Vaccine operations Central Provinces 1868-1885 - 1868-1885
Year: 1868
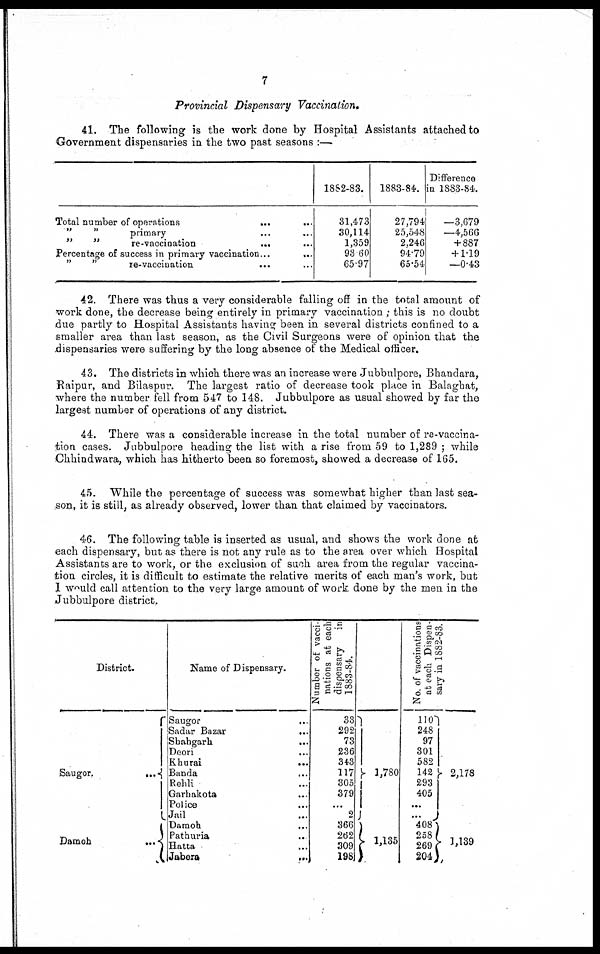
7
Provincial Dispensary Vaccination.
41. The following is the work done by Hospital Assistants attached to
Government dispensaries in the two past seasons :—
Total number of operations
...
...
„
„
primary ... ...
„
„
re-vaccination
...
...
Percentage of success in primary vaccination
...
...
„
„
re-vaccination
...
...
1882-83.
31,473
30,114
1,359
93.60
65.97
1883-84.
27,794
25,548
2,246
94.79
65.54
Difference
in 1883-84.
—3,679
—4,566
+ 887
+ 1.19
—0.43
42. There was thus a very considerable falling off in the total amount of
work done, the decrease being entirely in primary vaccination ; this is no doubt
due partly to Hospital Assistants having been in several districts confined to a
smaller area than last season, as the Civil Surgeons were of opinion that the
dispensaries were suffering by the long absence of the Medical officer.
43. The districts in which there was an increase were Jubbulpore, Bhandara,
Raipur, and Bilaspur. The largest ratio of decrease took place in Balaghat,
where the number fell from 547 to 148. Jubbulpore as usual showed by far the
largest number of operations of any district.
44. There was a considerable increase in the total number of re-vaccina-
tion cases. Jubbulpore heading the list with a rise from 59 to 1,289 ; while
Chhindwara, which has hitherto been so foremost, showed a decrease of 165.
45. While the percentage of success was somewhat higher than last sea-
son, it is still, as already observed, lower than that claimed by vaccinators.
46. The following table is inserted as usual, and shows the work done at
each dispensary, but as there is not any rule as to the area over which Hospital
Assistants are to work, or the exclusion of such area from the regular vaccina-
tion circles, it is difficult to estimate the relative merits of each man's work, but
I would call attention to the very large amount of work done by the men in the
Jubbulpore district.
District.
Saugor.
...
Damoh
...
Name of Dispensary.
Saugor
...
Sadar Bazar
...
Shahgarh
...
Deori ...
Khurai
...
Banda ...
Rehli ...
Garhakota ...
Police ...
Jail ...
Damoh ...
Pathuria ...
Hatta ...
Jabera
...
Number of vacci-
nations at each
dispensary
in
1883-84.
33
292
73
236
343
117
305
379
...
2
366
262
309
198
1,780
1,135
No. of vaccinations
at each Dispen-
sary in 1882-83.
110
248
97
301
582
142
293
405
...
...
408
258
269
204
2,178
1,139